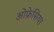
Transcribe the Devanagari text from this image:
ओफ्रेसिया